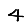
Digit: 4